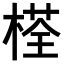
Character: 𣗎